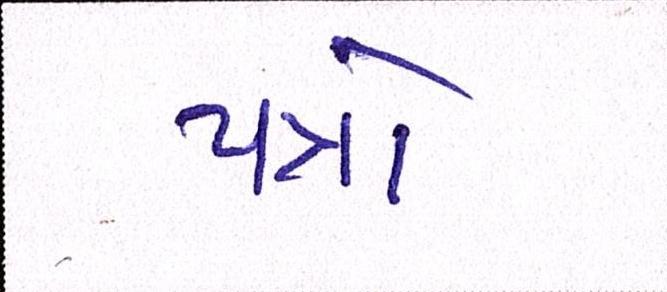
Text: પત્રો